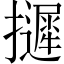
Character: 𢹌